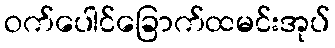
ဝက်ပေါင်ခြောက်ထမင်းအုပ်